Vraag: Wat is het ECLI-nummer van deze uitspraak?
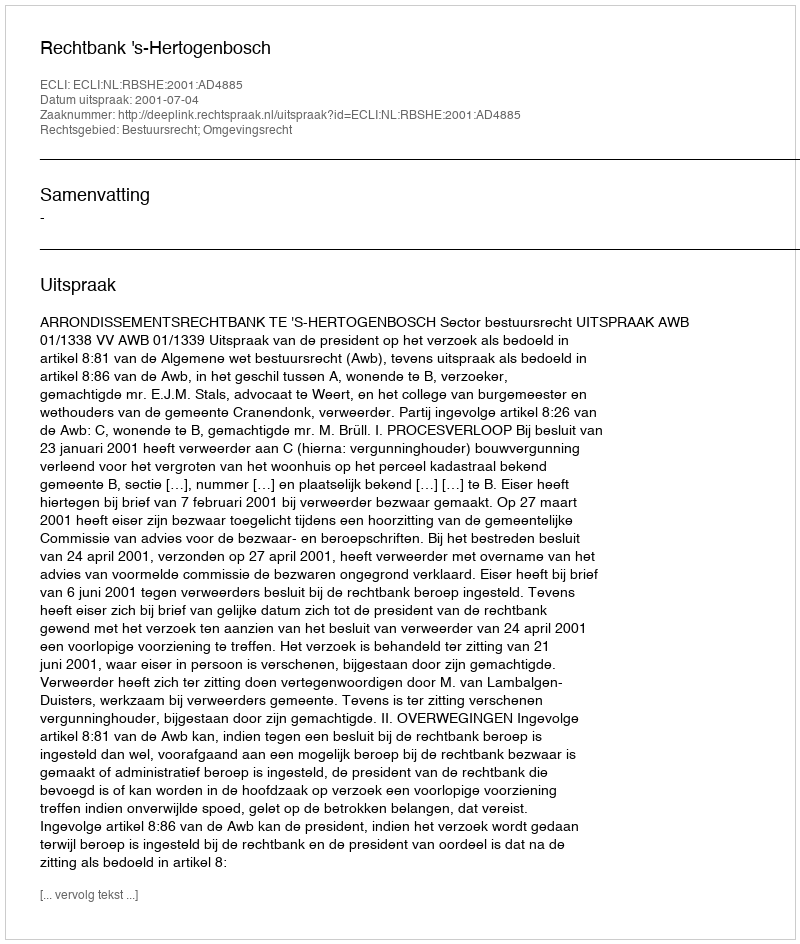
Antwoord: ECLI:NL:RBSHE:2001:AD4885